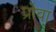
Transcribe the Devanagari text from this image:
प्रोवा